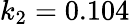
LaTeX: k_{2}=0.104